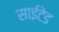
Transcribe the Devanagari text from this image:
साईटेड